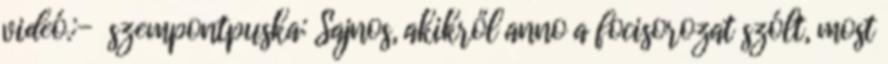
videó.:- szempontpuska: Sajnos, akikről anno a focisorozat szólt, most